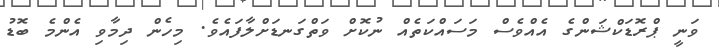
ވަނީ ޕްރޮޑަކްޝަންގެ އެއްވެސް މަސައްކަތެއް ނުކޮށް ވަތްގަނޑަށްލާފައެވެ. މިހެން ދިމާވި އެންމެ ބޮޑު